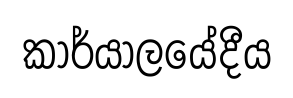
කාර්යාලයේදීය